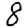
Digit: 8